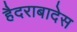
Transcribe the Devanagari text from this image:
हैदराबादेस